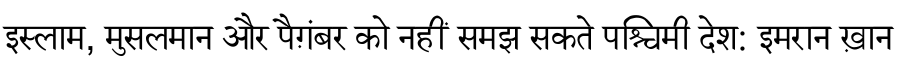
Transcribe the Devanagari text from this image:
इस्लाम, मुसलमान और पैग़ंबर को नहीं समझ सकते पश्चिमी देश: इमरान ख़ान